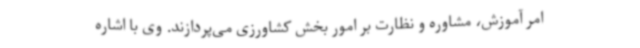
امر آموزش، مشاوره و نظارت بر امور بخش کشاورزی می‌پردازند. وی با اشاره